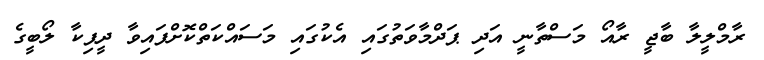
ރާމްލީލާ ބާޖީ ރާއޯ މަސްތާނީ އަދި ޕަދްމާވަތުގައި އެކުގައި މަސައްކަތްކޮށްފައިވާ ދީޕިކާ ލޯބީގެ